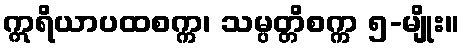
ဣရိယာပထစက္က၊ သမ္ပတ္တိစက္က ၅-မျိုး။